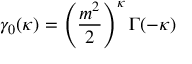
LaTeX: \gamma _ { 0 } ( \kappa ) = \left( \frac { m ^ { 2 } } { 2 } \right) ^ { \kappa } \Gamma ( - \kappa )